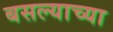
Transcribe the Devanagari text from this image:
बसल्याच्या